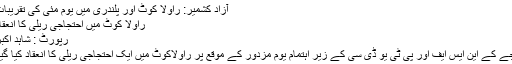
آزاد کشمیر: راولا کوٹ اور پلندری میں یوم مئی کی تقریبات
راولا کوٹ میں احتجاجی ریلی کا انعقاد
رپورٹ : شاہد اکبر
جے کے این ایس ایف اور پی ٹی یو ڈی سی کے زیر اہتمام یوم مزدور کے موقع پر راولاکوٹ میں ایک احتجاجی ریلی کا انعقاد کیا گیا۔